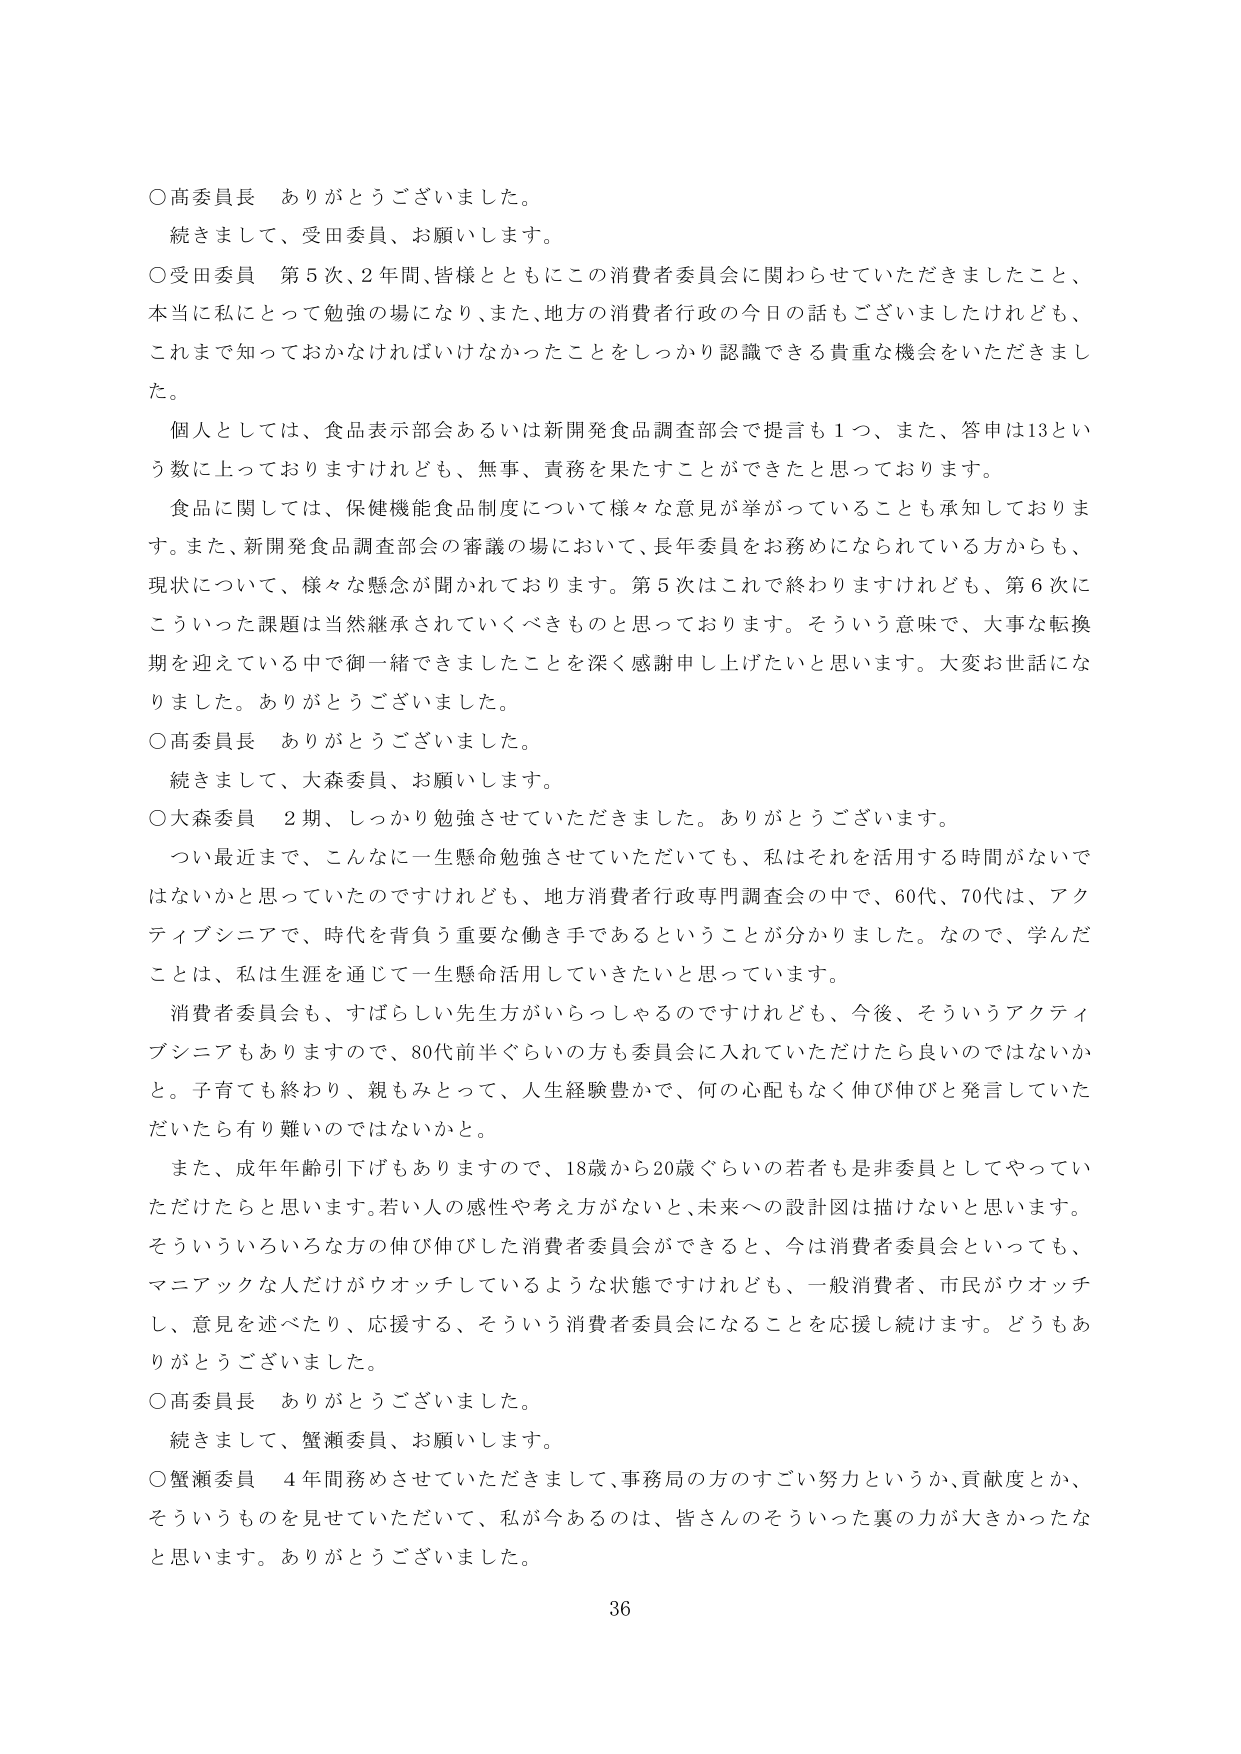
○高委員長　ありがとうございました。
続きまして、受田委員、お願いします。

○受田委員　第5次、2年間、皆様とともにこの消費者委員会に関わらせていただきましたこと、
本当に私にとって勉強の場になり、また、地方の消費者行政の今日の話もございましたけれども、
これまで知っておかなければいけなかったことをしっかり認識できる貴重な機会をいただきまし
た。

　個人としては、食品表示部会あるいは新開発食品調査部会で提言も1つ、また、答申は13とい
う数に上っておりますけれども、無事、責務を果たすことができたと思っております。

　食品に関しては、保健機能食品制度について様々な意見が挙がっていることも承知しておりま
す。また、新開発食品調査部会の審議の場において、長年委員をお務めになられている方からも、
現状について、様々な懸念が聞かれております。第5次はこれで終わりますけれども、第6次に
こういった課題は当然継承されていくべきものと思っております。そういう意味で、大事な転換
期を迎えている中で御一緒できましたことを深く感謝申し上げたいと思います。大変お世話にな
りました。ありがとうございました。

○高委員長　ありがとうございました。
続きまして、大森委員、お願いします。

○大森委員　2期、しっかり勉強させていただきました。ありがとうございます。

　つい最近まで、こんなに一生懸命勉強させていただいても、私はそれを活用する時間がないで
はないかと思っていたのですけれども、地方消費者行政専門調査会の中で、60代、70代は、アク
ティブシニアで、時代を背負う重要な働き手であるということが分かりました。なので、学んだ
ことは、私は生涯を通じて一生懸命活用していきたいと思っています。

　消費者委員会も、すばらしい先生方がいらっしゃるのですけれども、今後、そういうアクティ
ブシニアもありますので、80代前半ぐらいの方も委員会に入れていただけたら良いのではないか
と。子育ても終わり、親もみとって、人生経験豊かで、何の心配もなく伸び伸びと発言していた
だいたら有り難いのではないかと。

　また、成年年齢引下げもありますので、18歳から20歳ぐらいの若者も非委員としてやってい
ただけたらと思います。若い人の感性や考え方がないと、未来への設計図は描けないと思います。
そういういろいろな方の伸び伸びした消費者委員会ができると、今は消費者委員会といっても、
マニアックな人だけがウオッチしているような状態ですけれども、一般消費者、市民がウオッチ
し、意見を述べたり、応援する、そういう消費者委員会になることを応援し続けます。どうもあ
りがとうございました。

○高委員長　ありがとうございました。
続きまして、蟹瀬委員、お願いします。

○蟹瀬委員　4年間務めさせていただきまして、事務局の方のすごい努力というか、貢献度とか、
そういうものを見せていただいて、私が今あるのは、皆さんのそういった裏の力が大きかったな
と思います。ありがとうございました。

36